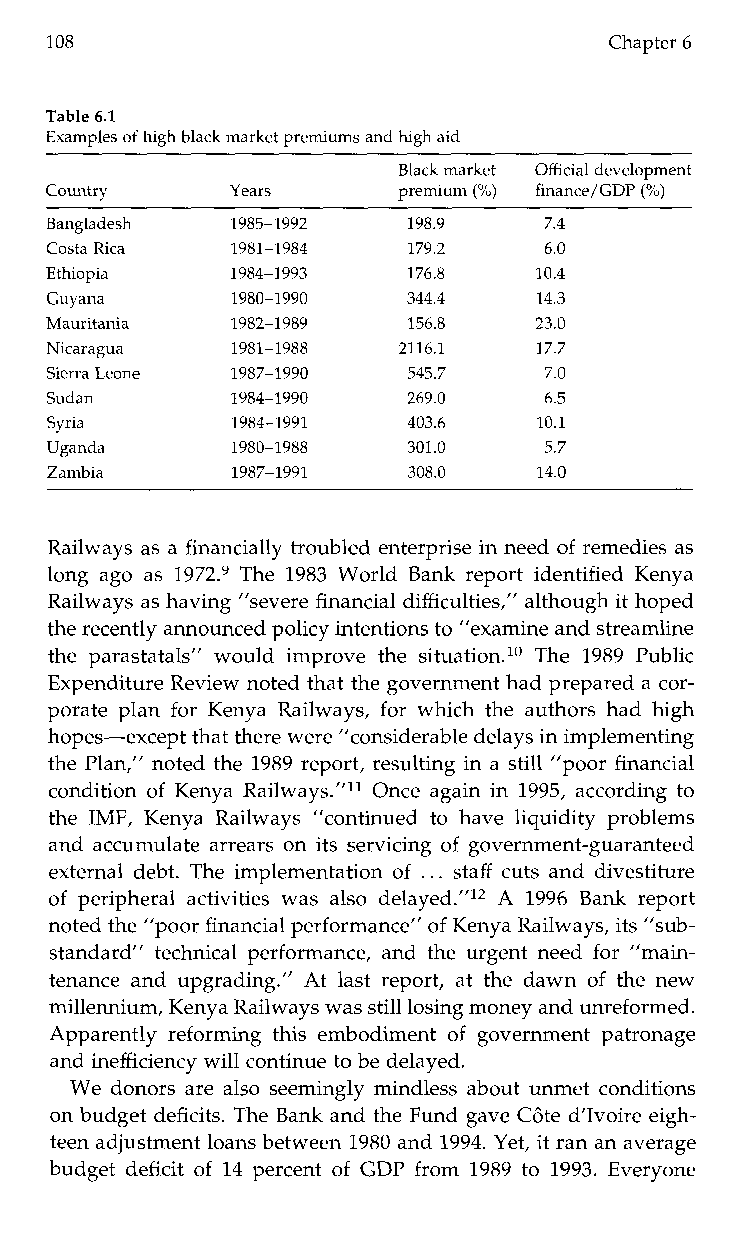
108                                  Chapter 6
 Table 6.1
 Examples of high black market premiums and high aid
 Black market Official development
 Country     Years      premium (%) finance/GDP (%)
 Bangladesh  1985-1992   198.9    7.4
 Costa Rica  1981-1984   179.2    6.0
 Ethiopia    1984-1993   176.8   10.4
 Guyana      1980-1990   344.4   14.3
 Mauritania  1982-1989   156.8   23.0
 Nicaragua   1981-1988  2116.1   17.7
 Sierra Leone 1987-1990  545.7    7.0
 Sudan       1984-1990   269.0    6.5
 Syria       1984-1991   403.6    10.1
 Uganda      1980-1988   301.0    5.7
 Zambia      1987-1991   308.0    14.0
 Railways as a financially troubled enterprise in need of remedies as
 long ago as 1972.9T he1 983W orldB ank report identified Kenya
 Railways as having ”severe financial difficulties,” although it hoped
 the recently announced policy intentions to ”examine and streamline
 thep arastatals”w ouldi mprovet he situation.’OT he1 989 Public
 Expenditure Review noted that the government had prepared a cor-
 porate plan for Kenya Railways, for which the authors had high
 hopes-except that there were“ considerable delays in implementing
 the Plan,” noted the 1989 report, resulting in a still ”poor financial
 condition of Kenya Railways.”ll Once again in 1995, according to
 the IMF, KenyaR ailways ”continuedt oh avel iquidityp roblems
 and accumulate arrears on its servicing of government-guaranteed
 external debt. The implementation of .. . staff cuts and divestiture
 of peripheral activities was also delayed.”12 A 1996B ank report
 noted the ”poor financial performance” of Kenya Railways, its ”sub-
 standard” technical performance, and the urgent need for ”main-
 tenance and upgrading.” At last report, at the dawn of the new
 millennium, Kenya Railways was still losing money and unreformed.
 Apparently reforming this embodiment of government patronage
 and inefficiency will continue to be delayed.
 We donors are also seemingly mindless about unmet conditions
 on budget deficits. The Bank and the Fund gave C6te d’Ivoire eigh-
 teen adjustment loans between1 980 and 1994. Yet, it ran an average
 budget deficit of 14 percent of GDP from 1989 to 1993. Everyone